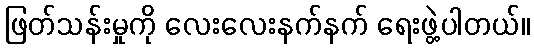
ဖြတ်သန်းမှုကို လေးလေးနက်နက် ရေးဖွဲ့ပါတယ်။